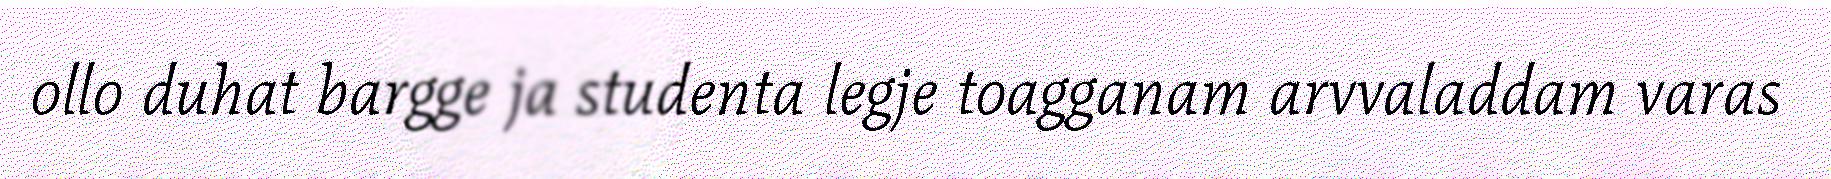
ollo duhat bargge ja studenta legje toagganam arvvaladdam varas